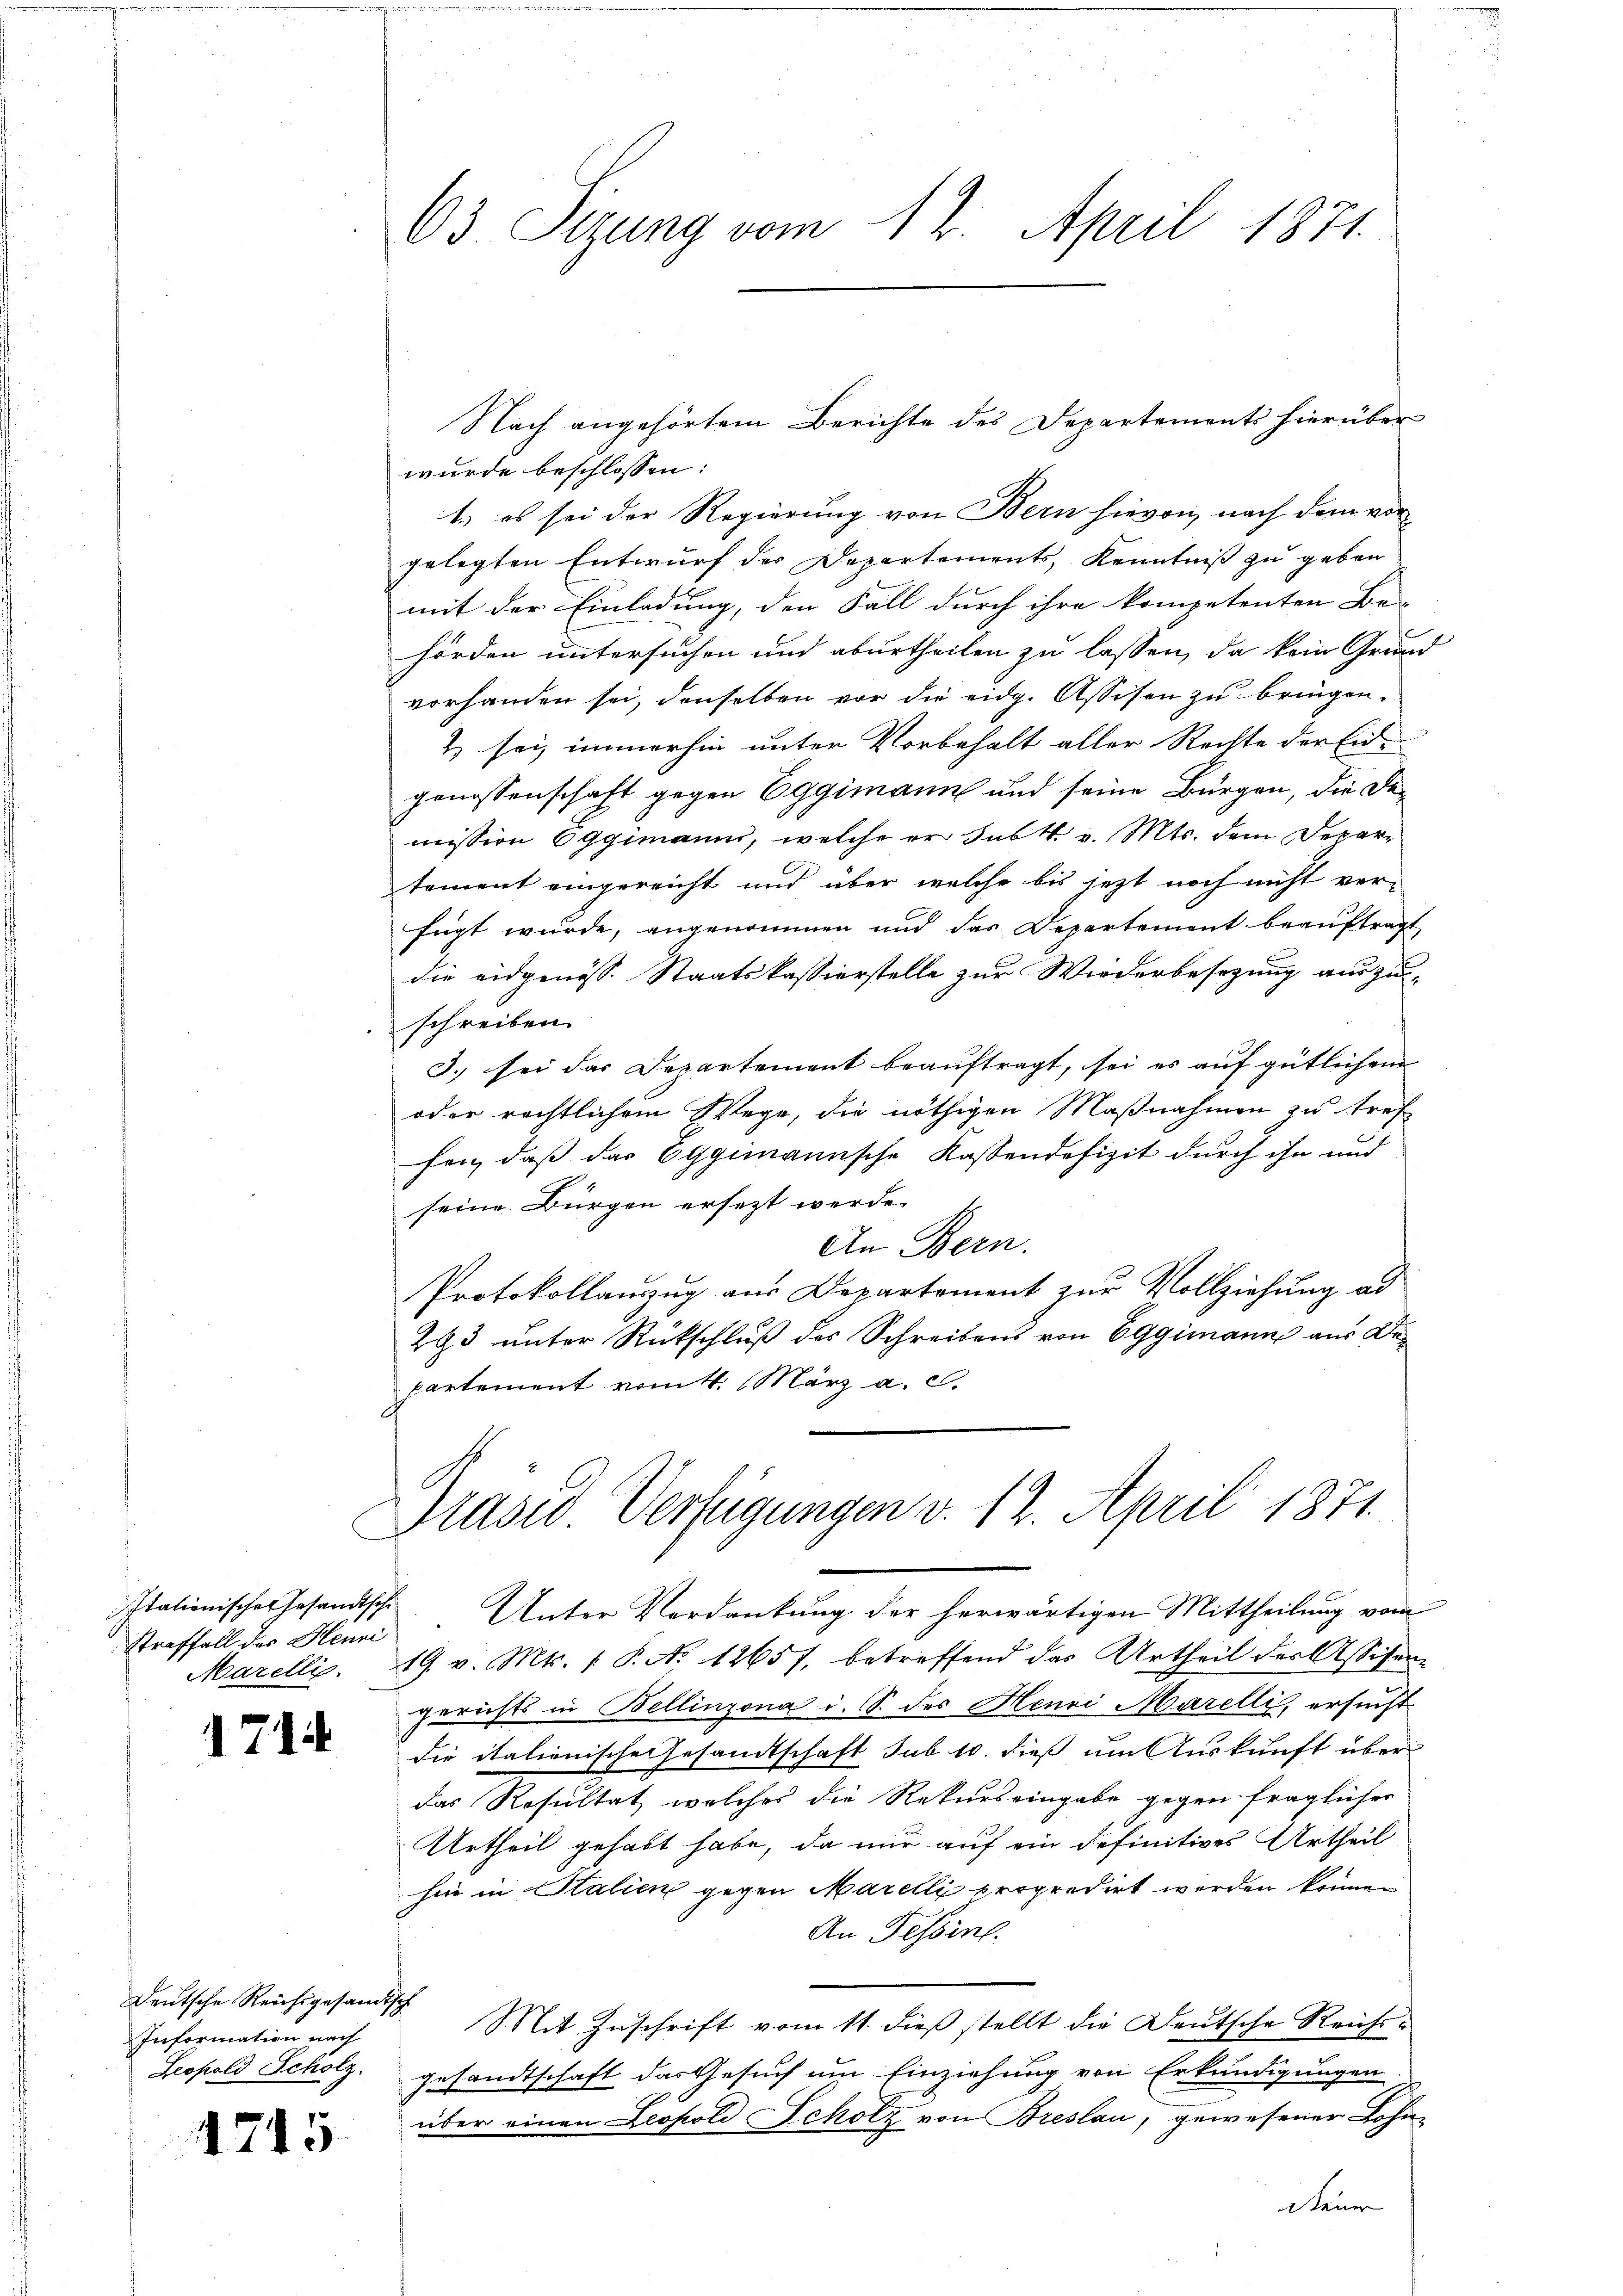
Straffall des Henri

1714

Deutsche Reichsgesandtsch
Information nach
Leopold Scholz.

471

15

63 Sizung vom 12. April 1871

wurde beschlossen:
1.) es sei der Regierung von Bern hievon nach dem vorgelegten Entwurf der Departements, Kenntniß zu geben
mit der Einladung, den Fall durch ihre kompetenten Be-
hörden untersuchen und aburtheilen zu lassen, da kein Grund
vorhanden sei, denselben vor die eidg. Assisen zu bringen.
& sei immerhin unter Vorbehalt aller Rechte der Eidgenossenschaft gegen Eggimann und seine Bürgen, die Demission Eggimanni, welche er sub N. v. Mts. dem Departement eingereicht und über welche bis jetzt noch nicht ver-
frigt wurde, angenommen und das Departement beauftragt,
die eidgenöss. Staatskassierstelle zur Wiederbesezung auszu-
schreiben.
3.) sei das Departement beauftragt, sei es auf gütlichem
oder rechtlichem Wege, die nöthigen Maßnahmen zu tref
fen, daß das Eggimannsche Kassendefizit durch ihn und
seine Bürgen ersezt werde.
An Bern.
Protokollauszug aus Departement zur Vollziehung ad
293 unter Rückschluß des Schreibens von Eggimann aus De-
partement vom 4. März a. c.

Nach angehörtem Berichte des Departements hierüber

Präsid. Verfügungen v. 12. April 1871.

Italienisches Gesandtsche Unter Verdankung der herwärtigen Mittheilung vom
Marelli. 19. v. Mts. (T. No 12657, betreffend das Urtheil der Assisen-
gerichts in Bellinzona i. S. des Henri Marelli, ersucht
die italienische Gesandtschaft sub 10. dieß um Auskunft über
das Resultat welches die Rekurs eingabe gegen fraglicher
Urtheil gehabt habe, da nur auf ein definitives Urtheil
hin in Stalien gegen Marelli propredirt werden können
An Tessin.
Mit Zuschrift vom 11. dieß stellt die Deutsche Reichgesandtschaft das Gesuch um Einziehung von Erkundigungen
über einen Leopold Scholz von Breslau, gewesener Lohndiener